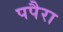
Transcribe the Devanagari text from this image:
पपैरा